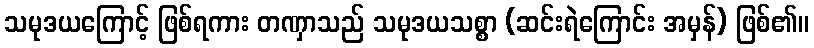
သမုဒယကြောင့် ဖြစ်ရကား တဏှာသည် သမုဒယသစ္စာ (ဆင်းရဲကြောင်း အမှန်) ဖြစ်၏။